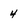
Character: 4